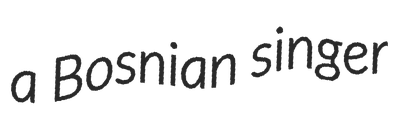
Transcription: a Bosnian singer